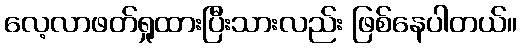
လေ့လာဖတ်ရှုထားပြီးသားလည်း ဖြစ်နေပါတယ်။